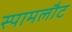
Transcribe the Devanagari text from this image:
स्पामलौट